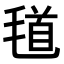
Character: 𣮹